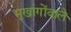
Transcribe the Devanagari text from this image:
मुखांगोंवाले